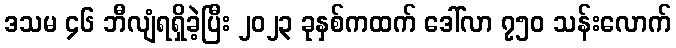
ဒသမ ၄၆ ဘီလျံရရှိခဲ့ပြီး ၂၀၂၃ ခုနှစ်ကထက် ဒေါ်လာ ၇၅၀ သန်းလောက်